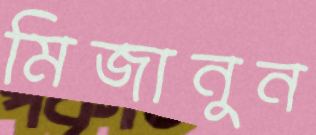
মিজানুন